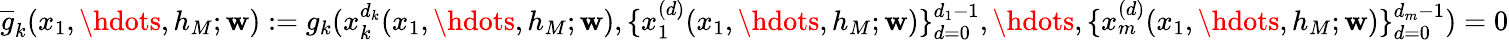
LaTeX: \overline{{g}}_{k}(x_{1},\hdots,h_{M};\mathbf{w}):=g_{k}(x_{k}^{d_{k}}(x_{1},\hdots,h_{M};\mathbf{w}),\{ x_{1}^{(d)}(x_{1},\hdots,h_{M};\mathbf{w})\} _{d=0}^{d_{1}-1},\hdots,\{ x_{m}^{(d)}(x_{1},\hdots,h_{M};\mathbf{w})\} _{d=0}^{d_{m}-1})=0